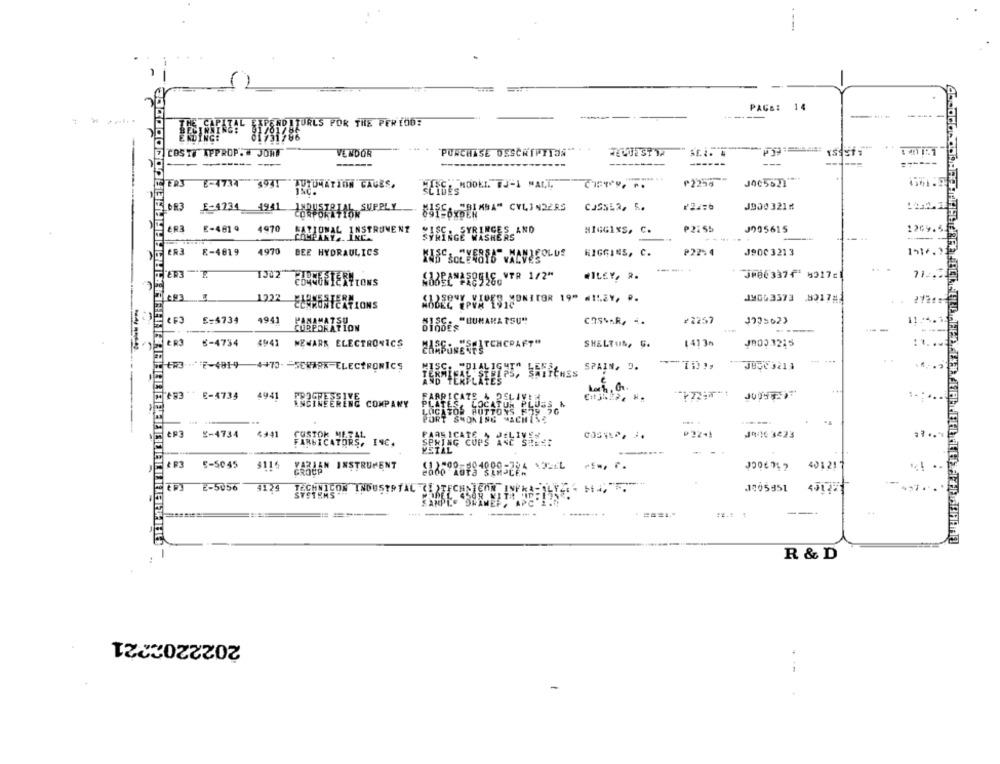
---
PAGs: 14
SROUTURLS POR THE PERIOD:
COSTO IPPROP.# JONE
VENDOR
PURCHASE DESCRIPTION
------ -
------
----
------
---
₱225g
J005621
LEER3 8-4733 4931 TUTUMATION CAGES.
J900 321
Lb83 E-4734 4941 20484711
SUPPLY
"BIMBA" CYLINDERS
CASSE2, 5.
ER3 E-4819 4970 RATIONAL INSTRUMENT
₱2:55
J905615
1269.5.
FARAONAL INSTRUMENT
HIGGINS, C.
ER3 E-4819
4970 BEE HYDRAULICS
HIGGINS, C.
₱22%4
J900 3213
1516.3
TJ02
WILEY, R.
JH8633731711
712.5
JMCG3573 .89174
277
1222 ELERUNICATIONS
CF3
E=4734
4941
casoAR, .
#2257
11:4.1.
SISS: "BUMAMA TSU"
--
ER3
8-4734
4941 MEWARE ELECTRONICS
SHELTUN, S.
1413n
J0023215
--
+R3 -F-481-4 4+73- - SEWARR-ELECTRONICS
SPAIN, J.
SWITCHES
493 8-4733 4941
FABRICATE & DELIVERY
BETTERING COMPANY
ichtos MOSISVE PLUSS.^
PORT SWONING MACHINE
-----
EP3
8-4734 4941
CUSTOK METAL
FARKICATE
GOSTAR, J.
J9163423
....
FAMMICATORS, INC.
SPRING CUPS ANE SHEE:
METAL
& P3
5-5045
$116
VIELEN INSTRUMENT
401217
EPJ E-5056 4124
TECHNICON INDUSTRYAL CISTECHNIENN INFRA-OLY <<< > <<,
1005951
SYSTEMS
= =====
---
====-
#2.1 :
R & D
2022202221